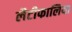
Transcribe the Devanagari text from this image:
लैटीफालिया